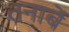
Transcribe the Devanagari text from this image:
तनाबें